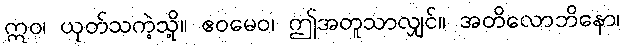
ဣဝ၊ ယုတ်သကဲ့သို့။ ဧဝမေဝ၊ ဤအတူသာလျှင်။ အတိလောဘိနော၊